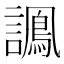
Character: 𧬽